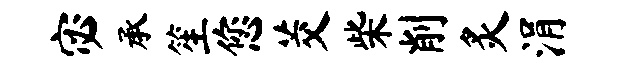
宓承笙您茭柴削炙涓